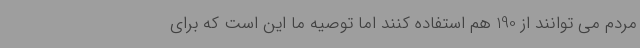
مردم می توانند از 190 هم استفاده کنند اما توصیه ما این است که برای